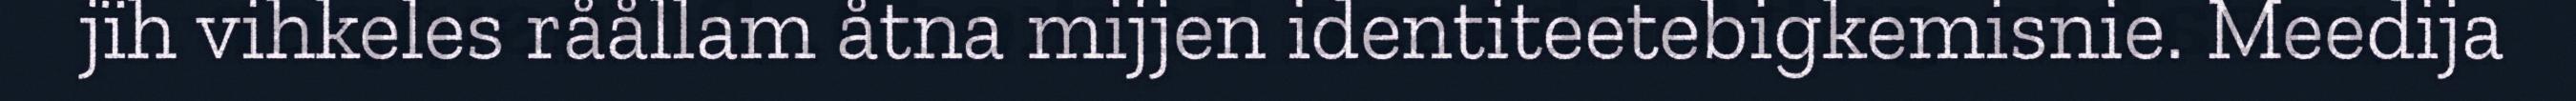
jïh vihkeles råållam åtna mijjen identiteetebigkemisnie. Meedija